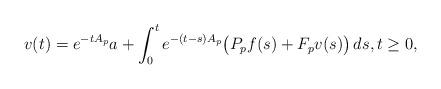
LaTeX: \begin{align*} v(t) = e^{-tA_p}a + \int_0^t e^{-(t-s)A_p} \big( P_pf(s) + F_pv(s) \big)\,ds, t\geq 0,\end{align*}